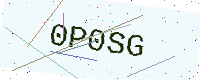
Text: 0P0SG